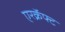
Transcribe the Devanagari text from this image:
एरक्रॅफ्ट